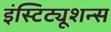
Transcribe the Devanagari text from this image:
इंस्टिट्यूशन्स